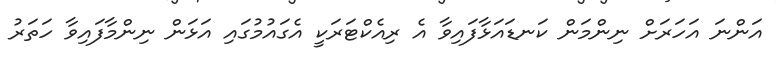
އަންނަ އަހަރަށް ނިންމަން ކަނޑައަޅާފައިވާ އެ ރިއެކްޓަރަކީ އެގައުމުގައި އަޅަން ނިންމާފައިވާ ހަތަރު